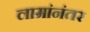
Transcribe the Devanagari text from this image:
लामांनंतर